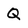
Character: Q